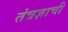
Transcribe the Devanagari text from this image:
तंत्रज्ञाची